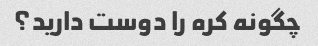
چگونه کره را دوست دارید؟